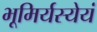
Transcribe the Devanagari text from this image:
भूमिर्यस्येयं